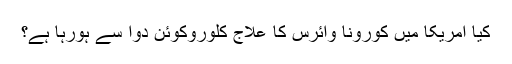
کیا امریکا میں کورونا وائرس کا علاج کلوروکوئن دوا سے ہورہا ہے؟